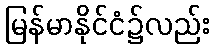
မြန်မာနိုင်ငံ၌လည်း